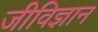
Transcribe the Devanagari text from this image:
जीविज्ञान